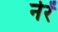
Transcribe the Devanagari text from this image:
नेरें